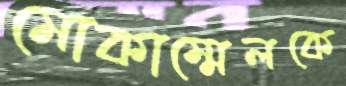
মোকাম্মেলকে